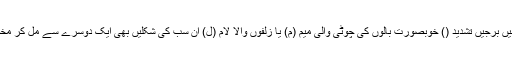
دیکھتے ہیں تو کمرخمیدہ دال (د) یا چیں برجیں تشدید () خوبصورت بالوں کی چوٹی والی میم (م) یا زلفوں والا لام (ل) ان سب کی شکلیں بھی ایک دوسرے سے مل کر مخصوص صوری پیکر تیار کرتے ہیں ۔